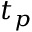
t _ { p }